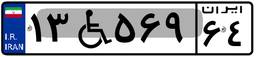
۹۳W۸۷۴۳۸